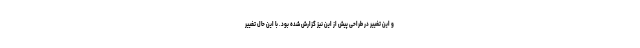
و این تغییر در طراحی پیش از این نیز گزارش شده بود. با این حال تغییر